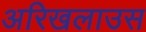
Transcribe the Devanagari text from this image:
अरिखलाउस